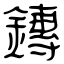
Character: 鏄